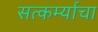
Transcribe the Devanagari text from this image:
सत्कर्म्याचा